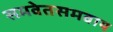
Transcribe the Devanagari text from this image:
समवेतसमवाय